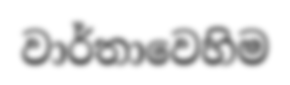
වාර්තාවෙහිම